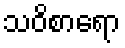
သဝိစာရော